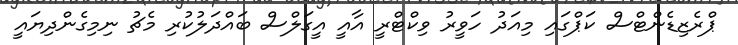
ޕްރެޒިޑެންޓްސް ކަޕްގައި މިއަދު ހަވީރު ވިކްޓްރީ އާއީ އީގަލްސް ބައްދަލުކުރި މެޗު ނިމިގެންދިޔައީ